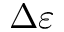
\Delta \varepsilon